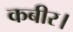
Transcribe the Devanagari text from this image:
कबीर।